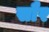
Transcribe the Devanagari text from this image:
साैर